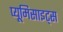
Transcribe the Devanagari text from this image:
प्यूमिसाइट्स